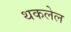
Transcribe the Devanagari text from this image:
थकलेल